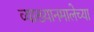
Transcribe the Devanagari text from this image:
व्याख्यानमालेच्या